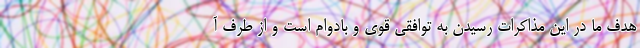
هدف ما در این مذاکرات رسیدن به توافقی قوی و بادوام است و از طرف آ